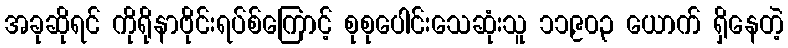
အခုဆိုရင် ကိုရိုနာဗိုင်းရပ်စ်ကြောင့် စုစုပေါင်းသေဆုံးသူ ၁၁,၉၀၃ ယောက် ရှိနေတဲ့